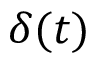
\delta ( t )